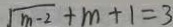
\sqrt { m - 2 } + m + 1 = 3